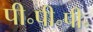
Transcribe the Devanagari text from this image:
पी॰पी॰पी॰